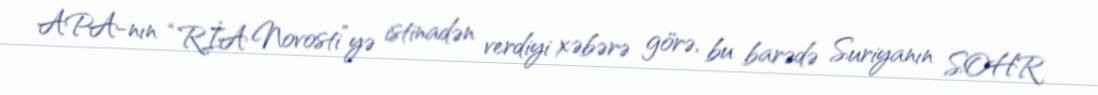
APA-nın “RİA Novosti”yə istinadən verdiyi xəbərə görə, bu barədə Suriyanın SOHR